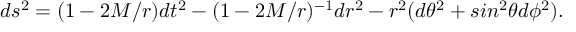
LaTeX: d s ^ { 2 } = ( 1 - 2 M / r ) d t ^ { 2 } - ( 1 - 2 M / r ) ^ { - 1 } d r ^ { 2 } - r ^ { 2 } ( d \theta ^ { 2 } + s i n ^ { 2 } \theta d \phi ^ { 2 } ) .